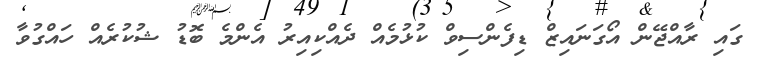
ގައި ރާއްޖޭން އޯގަނައިޒް ޑިފެންސިވް ކުޅުމެއް ދެއްކިއިރު އެންމެ ބޮޑު ޝުކުރެއް ހައްގުވާ